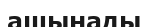
ашынады